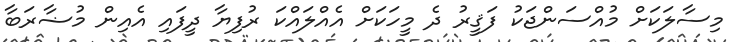
މިސާލަކަށް މުއްސަންޖަކު ފަޤީރު ދެ މީހަކަށް އެއްލައްކަ ރުފިޔާ ދީފައި އެއިން މުޟާރަބާ